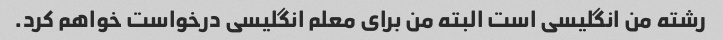
رشته من انگلیسی است البته من برای معلم انگلیسی درخواست خواهم کرد.